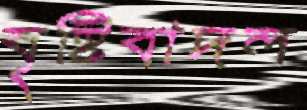
বৃষ্টিবাদল